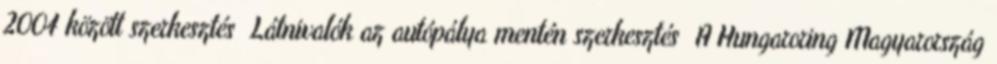
2004 között szerkesztés Látnivalók az autópálya mentén szerkesztés A Hungaroring Magyarország